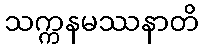
သက္ကနမဿနာတိ